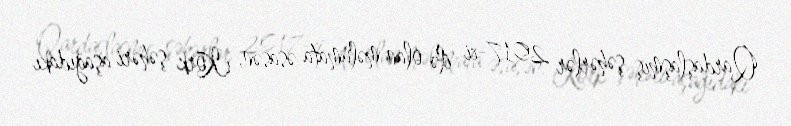
Qardaşlaşmış şəhərlər 2017-ci ilə olan məlumata əsasən, Kork şəhəri aşağıdakı